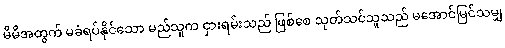
မိမိအတွက် မခံရပ်နိုင်သော မည်သူက ငှားရမ်းသည် ဖြစ်စေ သုတ်သင်သူသည် မအောင်မြင်သမျှ